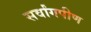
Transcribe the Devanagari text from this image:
सर्वांगपीण